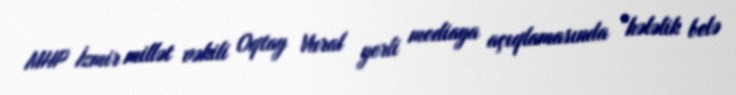
MHP İzmir millət vəkili Oqtay Vural yerli mediaya açıqlamasında “hələlik belə